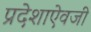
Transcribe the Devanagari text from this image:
प्रदेशाऐवजी